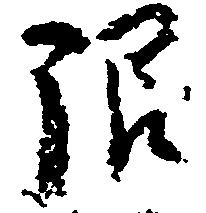
限